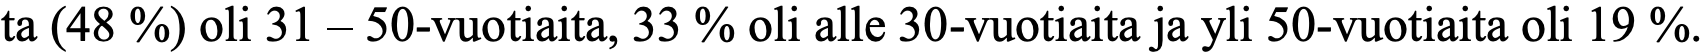
ta (48 %) oli 31 – 50-vuotiaita, 33 % oli alle 30-vuotiaita ja yli 50-vuotiaita oli 19 %.